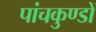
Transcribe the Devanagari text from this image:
पांचकुण्डों